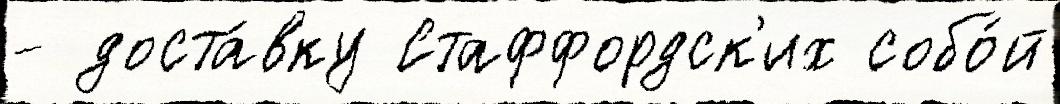
- доста́вку Стаффордск'их собо́й